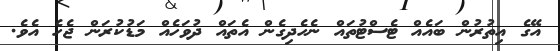
އޭގެ އިތުރުން ބައެއް ޓެސްޓުތައް ނެހެދިގެން އެތައް ދުވަހެއް މަޑުކުރަން ޖެހެ އެވެ.